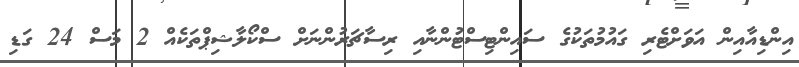
އިންޑިއާއިން އަވަށްޓެރި ގައުމުތަކުގެ ސައިންޓިސްޓުންނާއި ރިސާޗަރުންނަށް ސްކޯލާޝިޕްތަކެއް 2 މަސް 24 ގަޑި